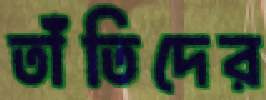
তাঁতিদের